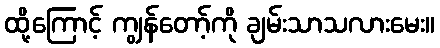
ထို့ကြောင့် ကျွန်တော့်ကို ချမ်းသာသလားမေး။